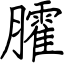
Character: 臛